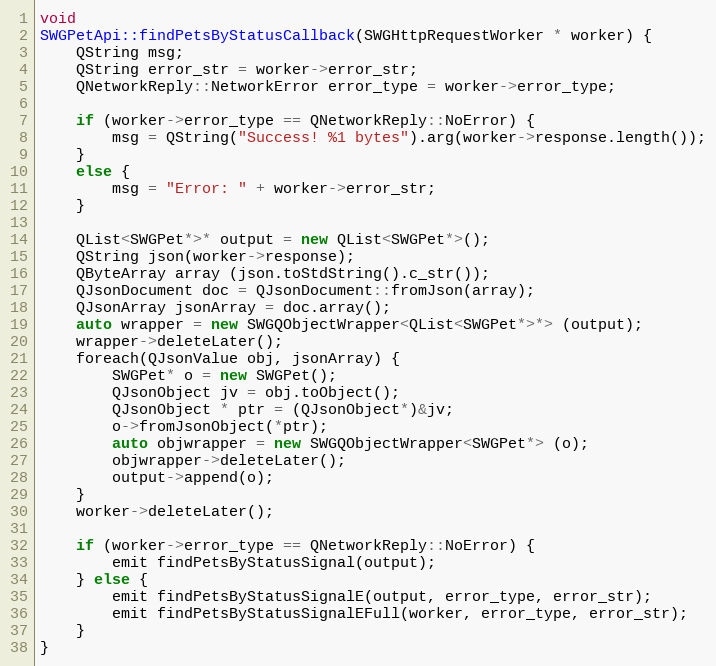
Language: C++
void
SWGPetApi::findPetsByStatusCallback(SWGHttpRequestWorker * worker) {
    QString msg;
    QString error_str = worker->error_str;
    QNetworkReply::NetworkError error_type = worker->error_type;

    if (worker->error_type == QNetworkReply::NoError) {
        msg = QString("Success! %1 bytes").arg(worker->response.length());
    }
    else {
        msg = "Error: " + worker->error_str;
    }

    QList<SWGPet*>* output = new QList<SWGPet*>();
    QString json(worker->response);
    QByteArray array (json.toStdString().c_str());
    QJsonDocument doc = QJsonDocument::fromJson(array);
    QJsonArray jsonArray = doc.array();
    auto wrapper = new SWGQObjectWrapper<QList<SWGPet*>*> (output);
    wrapper->deleteLater();
    foreach(QJsonValue obj, jsonArray) {
        SWGPet* o = new SWGPet();
        QJsonObject jv = obj.toObject();
        QJsonObject * ptr = (QJsonObject*)&jv;
        o->fromJsonObject(*ptr);
        auto objwrapper = new SWGQObjectWrapper<SWGPet*> (o);
        objwrapper->deleteLater();
        output->append(o);
    }
    worker->deleteLater();

    if (worker->error_type == QNetworkReply::NoError) {
        emit findPetsByStatusSignal(output);
    } else {
        emit findPetsByStatusSignalE(output, error_type, error_str);
        emit findPetsByStatusSignalEFull(worker, error_type, error_str);
    }
}